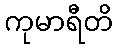
ကုမာရီတိ